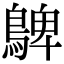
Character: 𪂃